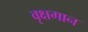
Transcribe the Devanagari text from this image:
वृक्षगान